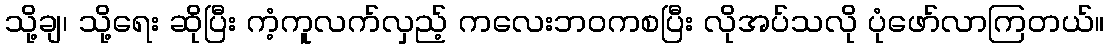
သို့ချ၊ သို့ရေး ဆိုပြီး ကံ့ကူလက်လှည့် ကလေးဘဝကစပြီး လိုအပ်သလို ပုံဖော်လာကြတယ်။